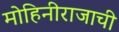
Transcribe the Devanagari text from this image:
मोहिनीराजाची